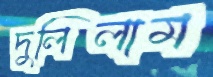
দুলিলাম